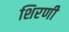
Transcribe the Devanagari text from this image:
शिरणी